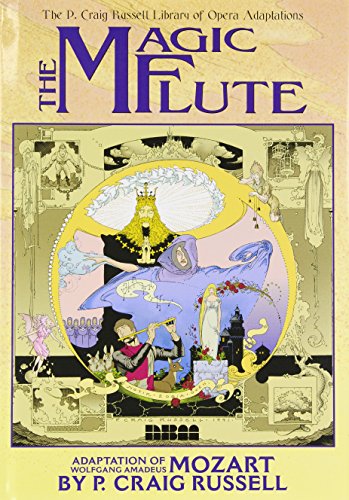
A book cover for P. Craig Russell's Opera Adaptations Clothbound Set (The P. Craig Russell Library of Opera Adaptations); P. Craig Russell; Comics & Graphic Novels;